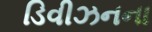
ડિવીઝનના